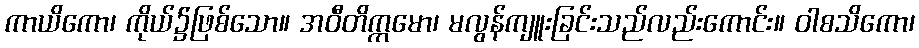
ကာယိကော၊ ကိုယ်၌ဖြစ်သော။ အဝီတိက္ကမော၊ မလွန်ကျူးခြင်းသည်လည်းကောင်း။ ဝါစသိကော၊